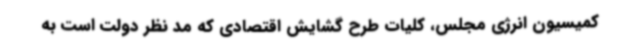
کمیسیون انرژی مجلس، کلیات طرح گشایش اقتصادی که مد نظر دولت است به